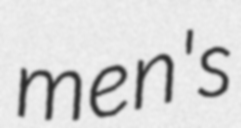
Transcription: men's